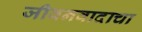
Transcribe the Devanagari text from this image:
जीवनवादाचा